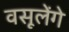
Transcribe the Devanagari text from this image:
वसूलेंगे